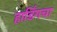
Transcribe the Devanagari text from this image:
हार्डिंगचा